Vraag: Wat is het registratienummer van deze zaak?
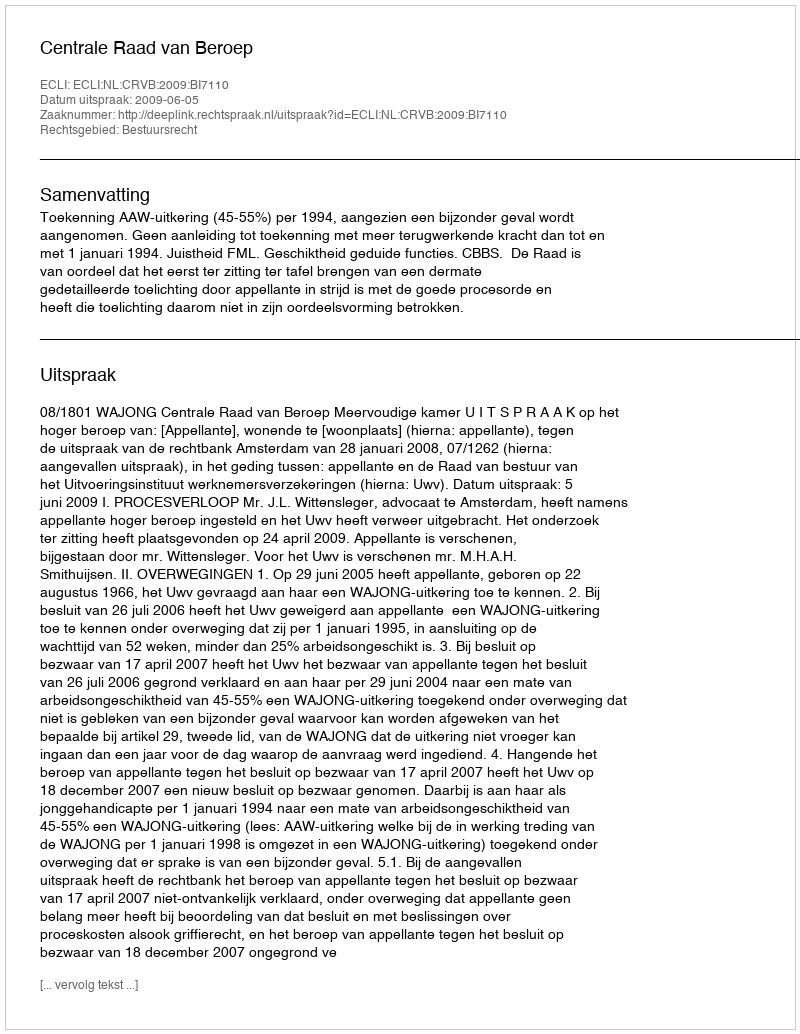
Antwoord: http://deeplink.rechtspraak.nl/uitspraak?id=ECLI:NL:CRVB:2009:BI7110